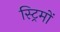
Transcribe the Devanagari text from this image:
स्ट्रिमों